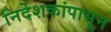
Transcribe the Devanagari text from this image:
निर्देशकांपासून